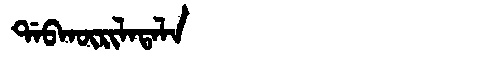
Manchu: ᡩᠠᠪᡴᡡᡵᡳᠯᠠᡨᠠᠯᠠ
Romanization: DABKŪRILATALA